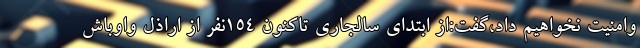
وامنیت نخواهیم داد،گفت:از ابتدای سالجاری تاکنون ۱۵۴نفر از اراذل واوباش